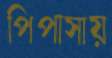
পিপাসায়